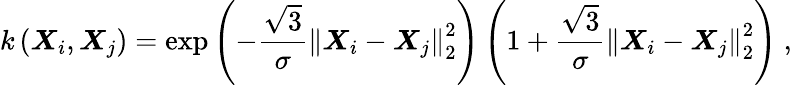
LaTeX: k\left(\boldsymbol{X}_{i},\boldsymbol{X}_{j}\right)=\exp{\left(-\frac{\sqrt{3}}{\sigma}\left\lVert\boldsymbol{X}_{i}-\boldsymbol{X}_{j}\right\rVert_{2}^{2}\right)}\left(1+\frac{\sqrt{3}}{\sigma}\left\lVert\boldsymbol{X}_{i}-\boldsymbol{X}_{j}\right\rVert_{2}^{2}\right)~,